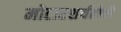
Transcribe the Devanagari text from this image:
मोटारशर्यतीची